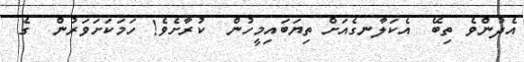
އެދުންވެ ތިބޭ  އެކަލާނގެއަށް ތިޔަބައިމީހުން  ކުރާށެވެ! ހަމަކަށަވަރުން  ގެ